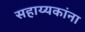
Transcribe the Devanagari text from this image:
सहाय्यकांना